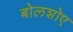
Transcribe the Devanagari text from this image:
बोलशोए